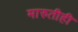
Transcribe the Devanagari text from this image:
मारुतीही